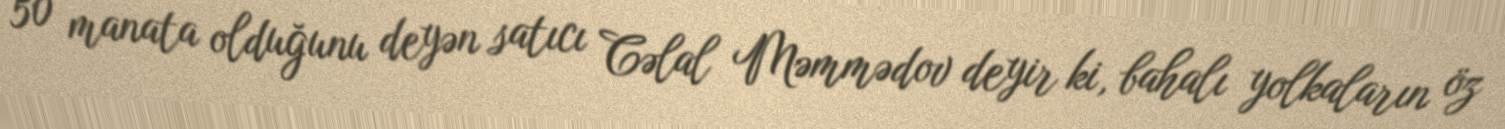
50 manata olduğunu deyən satıcı Cəlal Məmmədov deyir ki, bahalı yolkaların öz